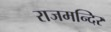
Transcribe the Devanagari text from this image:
राजमन्दिर